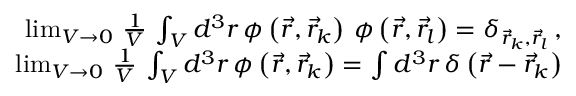
\begin{array} { r l r } & { } & { \operatorname* { l i m } _ { V \rightarrow 0 } \, \frac { 1 } { V } \, \int _ { V } d ^ { 3 } r \, \phi \left( \vec { r } , \vec { r } _ { k } \right) \, \phi \left( \vec { r } , \vec { r } _ { l } \right) = \delta _ { \vec { r } _ { k } , \vec { r } _ { l } } \, , } \\ & { } & { \operatorname* { l i m } _ { V \rightarrow 0 } \, \frac { 1 } { V } \, \int _ { V } d ^ { 3 } r \, \phi \left( \vec { r } , \vec { r } _ { k } \right) = \int d ^ { 3 } r \, \delta \left( \vec { r } - \vec { r } _ { k } \right) } \end{array}